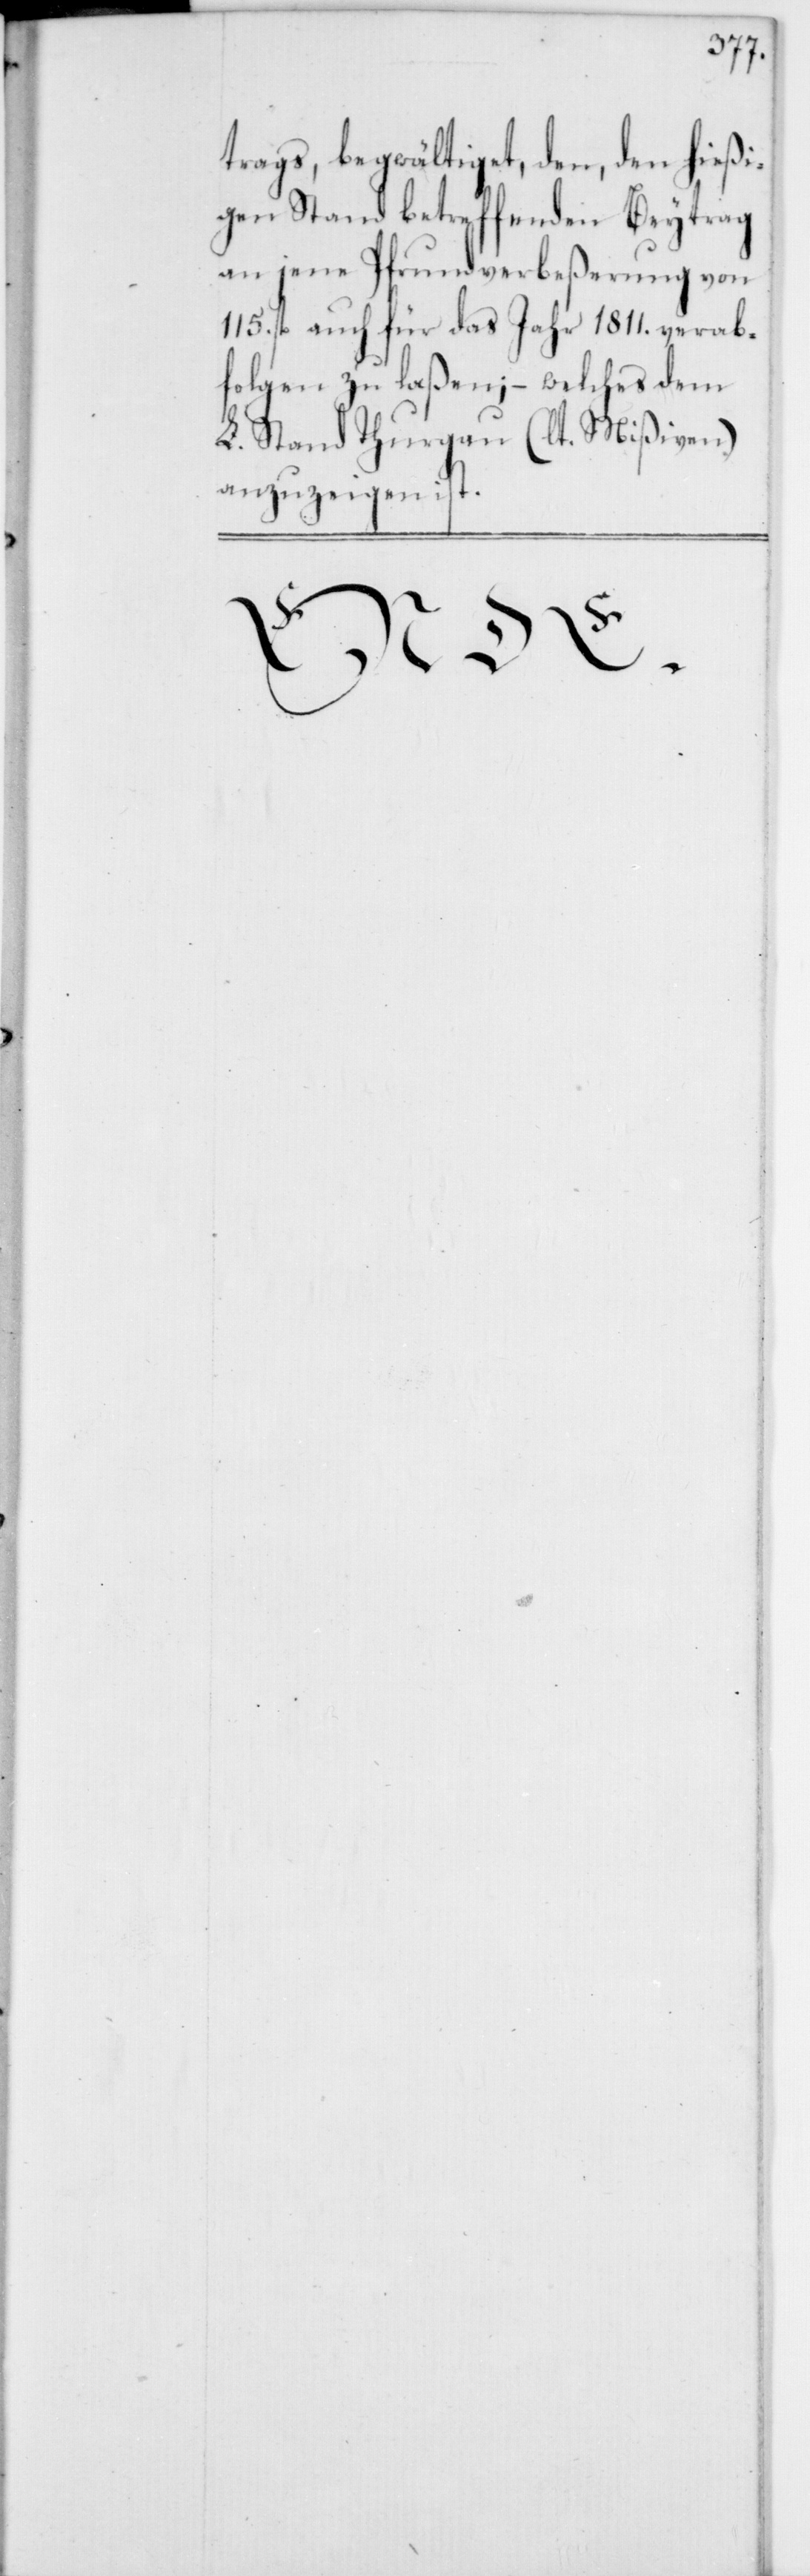
trags begwältiget, den, den hießi¬
gen Stand betreffenden Beytrag
an jene Pfrundverbeßerung von
115. fl. auch für das Jahr 1811. verab¬
folgen zu laßen; – welches dem
L. Stand Thurgau (lt. Mißiven)
anzuzeigen ist.